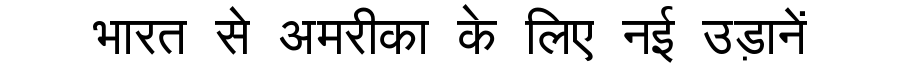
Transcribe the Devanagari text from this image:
भारत से अमरीका के लिए नई उड़ानें